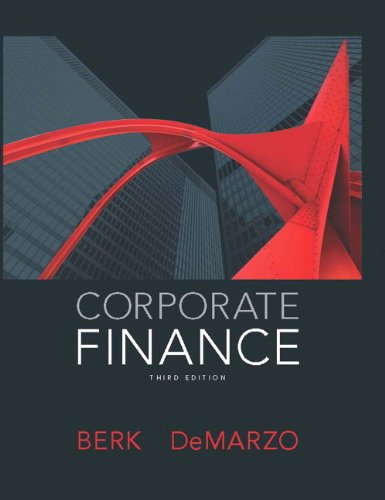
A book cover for Corporate Finance Plus NEW MyFinanceLab with Pearson eText -- Access Card Package (3rd Edition); Jonathan Berk; Business & Money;